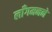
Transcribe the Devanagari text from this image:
लाँगमनने